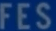
FES